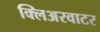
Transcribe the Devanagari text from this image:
क्लिअरवाटर